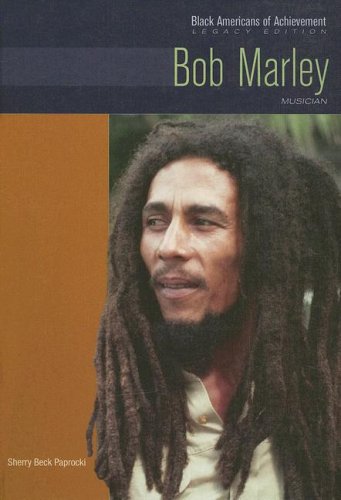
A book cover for Bob Marley: Musician (Black Americans of Achievement); Sherry Beck Paprocki; Teen & Young Adult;